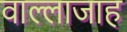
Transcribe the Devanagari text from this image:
वाल्लाजाह